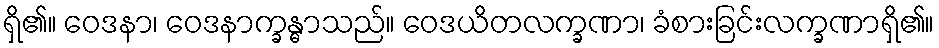
ရှိ၏။ ဝေဒနာ၊ ဝေဒနာက္ခန္ဓာသည်။ ဝေဒယိတလက္ခဏာ၊ ခံစားခြင်းလက္ခဏာရှိ၏။